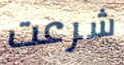
شرعت